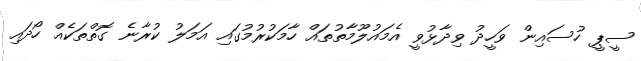
ސީޕީ ހުސައިން ވަހީދު ވިދާޅުވީ އެމައުލޫމާތުތައް ހާމަކުރުމުގައި އަމަލު ކުރާނެ ގޮތްތަކެއް ހޯދައި